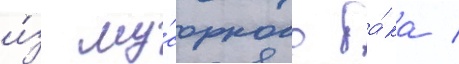
и́з му́сорного ба́ка /